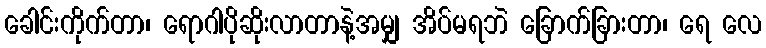
ခေါင်းကိုက်တာ၊ ရောဂါပိုဆိုးလာတာနဲ့အမျှ အိပ်မရဘဲ ခြောက်ခြားတာ၊ ရေ လေ